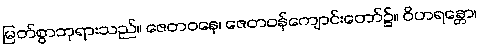
မြတ်စွာဘုရားသည်။ ဇေတဝနေ၊ ဇေတဝန်ကျောင်းတော်၌။ ဝိဟရန္တော၊